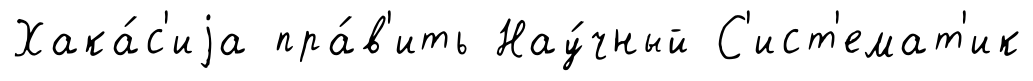
Хака́с'иjа пра́в'ить Нау́чный С'ист'емат'ик